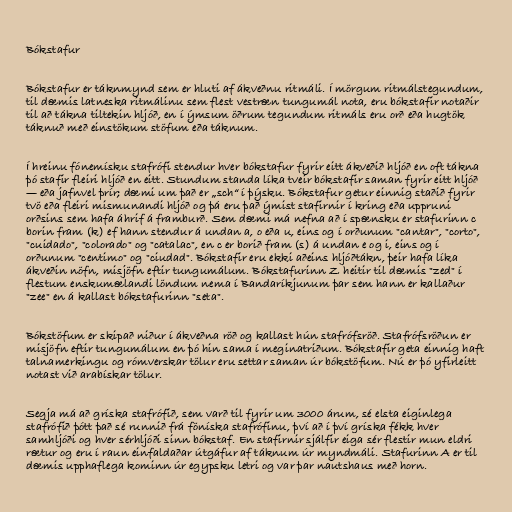
Bókstafur

Bókstafur er táknmynd sem er hluti af ákveðnu ritmáli. Í mörgum ritmálstegundum,
til dæmis latneska ritmálinu sem flest vestræn tungumál nota, eru bókstafir notaðir
til að tákna tiltekin hljóð, en í ýmsum öðrum tegundum ritmáls eru orð eða hugtök
táknuð með einstökum stöfum eða táknum.

Í hreinu fónemísku stafrófi stendur hver bókstafur fyrir eitt ákveðið hljóð en oft tákna
þó stafir fleiri hljóð en eitt. Stundum standa líka tveir bókstafir saman fyrir eitt hljóð
— eða jafnvel þrír; dæmi um það er „sch“ í þýsku. Bókstafur getur einnig staðið fyrir
tvö eða fleiri mismunandi hljóð og þá eru það ýmist stafirnir í kring eða uppruni
orðsins sem hafa áhrif á framburð. Sem dæmi má nefna að í spænsku er stafurinn c
borin fram (k) ef hann stendur á undan a, o eða u, eins og í orðunum "cantar", "corto",
"cuidado", "colorado" og "catalac", en c er borið fram (s) á undan e og i, eins og í
orðunum "centimo" og "ciudad". Bókstafir eru ekki aðeins hljóðtákn, þeir hafa líka
ákveðin nöfn, misjöfn eftir tungumálum. Bókstafurinn Z heitir til dæmis "zed" í
flestum enskumælandi löndum nema í Bandaríkjunum þar sem hann er kallaður
"zee" en á kallast bókstafurinn "seta".

Bókstöfum er skipað niður í ákveðna röð og kallast hún stafrófsröð. Stafrófsröðun er
misjöfn eftir tungumálum en þó hin sama í meginatriðum. Bókstafir geta einnig haft
talnamerkingu og rómverskar tölur eru settar saman úr bókstöfum. Nú er þó yfirleitt
notast við arabískar tölur.

Segja má að gríska stafrófið, sem varð til fyrir um 3000 árum, sé elsta eiginlega
stafrófið þótt það sé runnið frá föníska stafrófinu, því að í því gríska fékk hver
samhljóði og hver sérhljóði sinn bókstaf. En stafirnir sjálfir eiga sér flestir mun eldri
rætur og eru í raun einfaldaðar útgáfur af táknum úr myndmáli. Stafurinn A er til
dæmis upphaflega kominn úr egypsku letri og var þar nautshaus með horn.